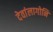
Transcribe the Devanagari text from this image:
देवांलागोनि